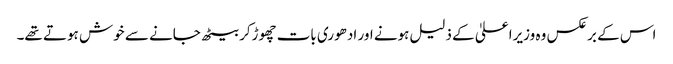
اس کے برعکس وہ وزیراعلیٰ کے ذلیل ہونے اور ادھوری بات چھوڑکر بیٹھ جانے سے خوش ہوتے تھے۔